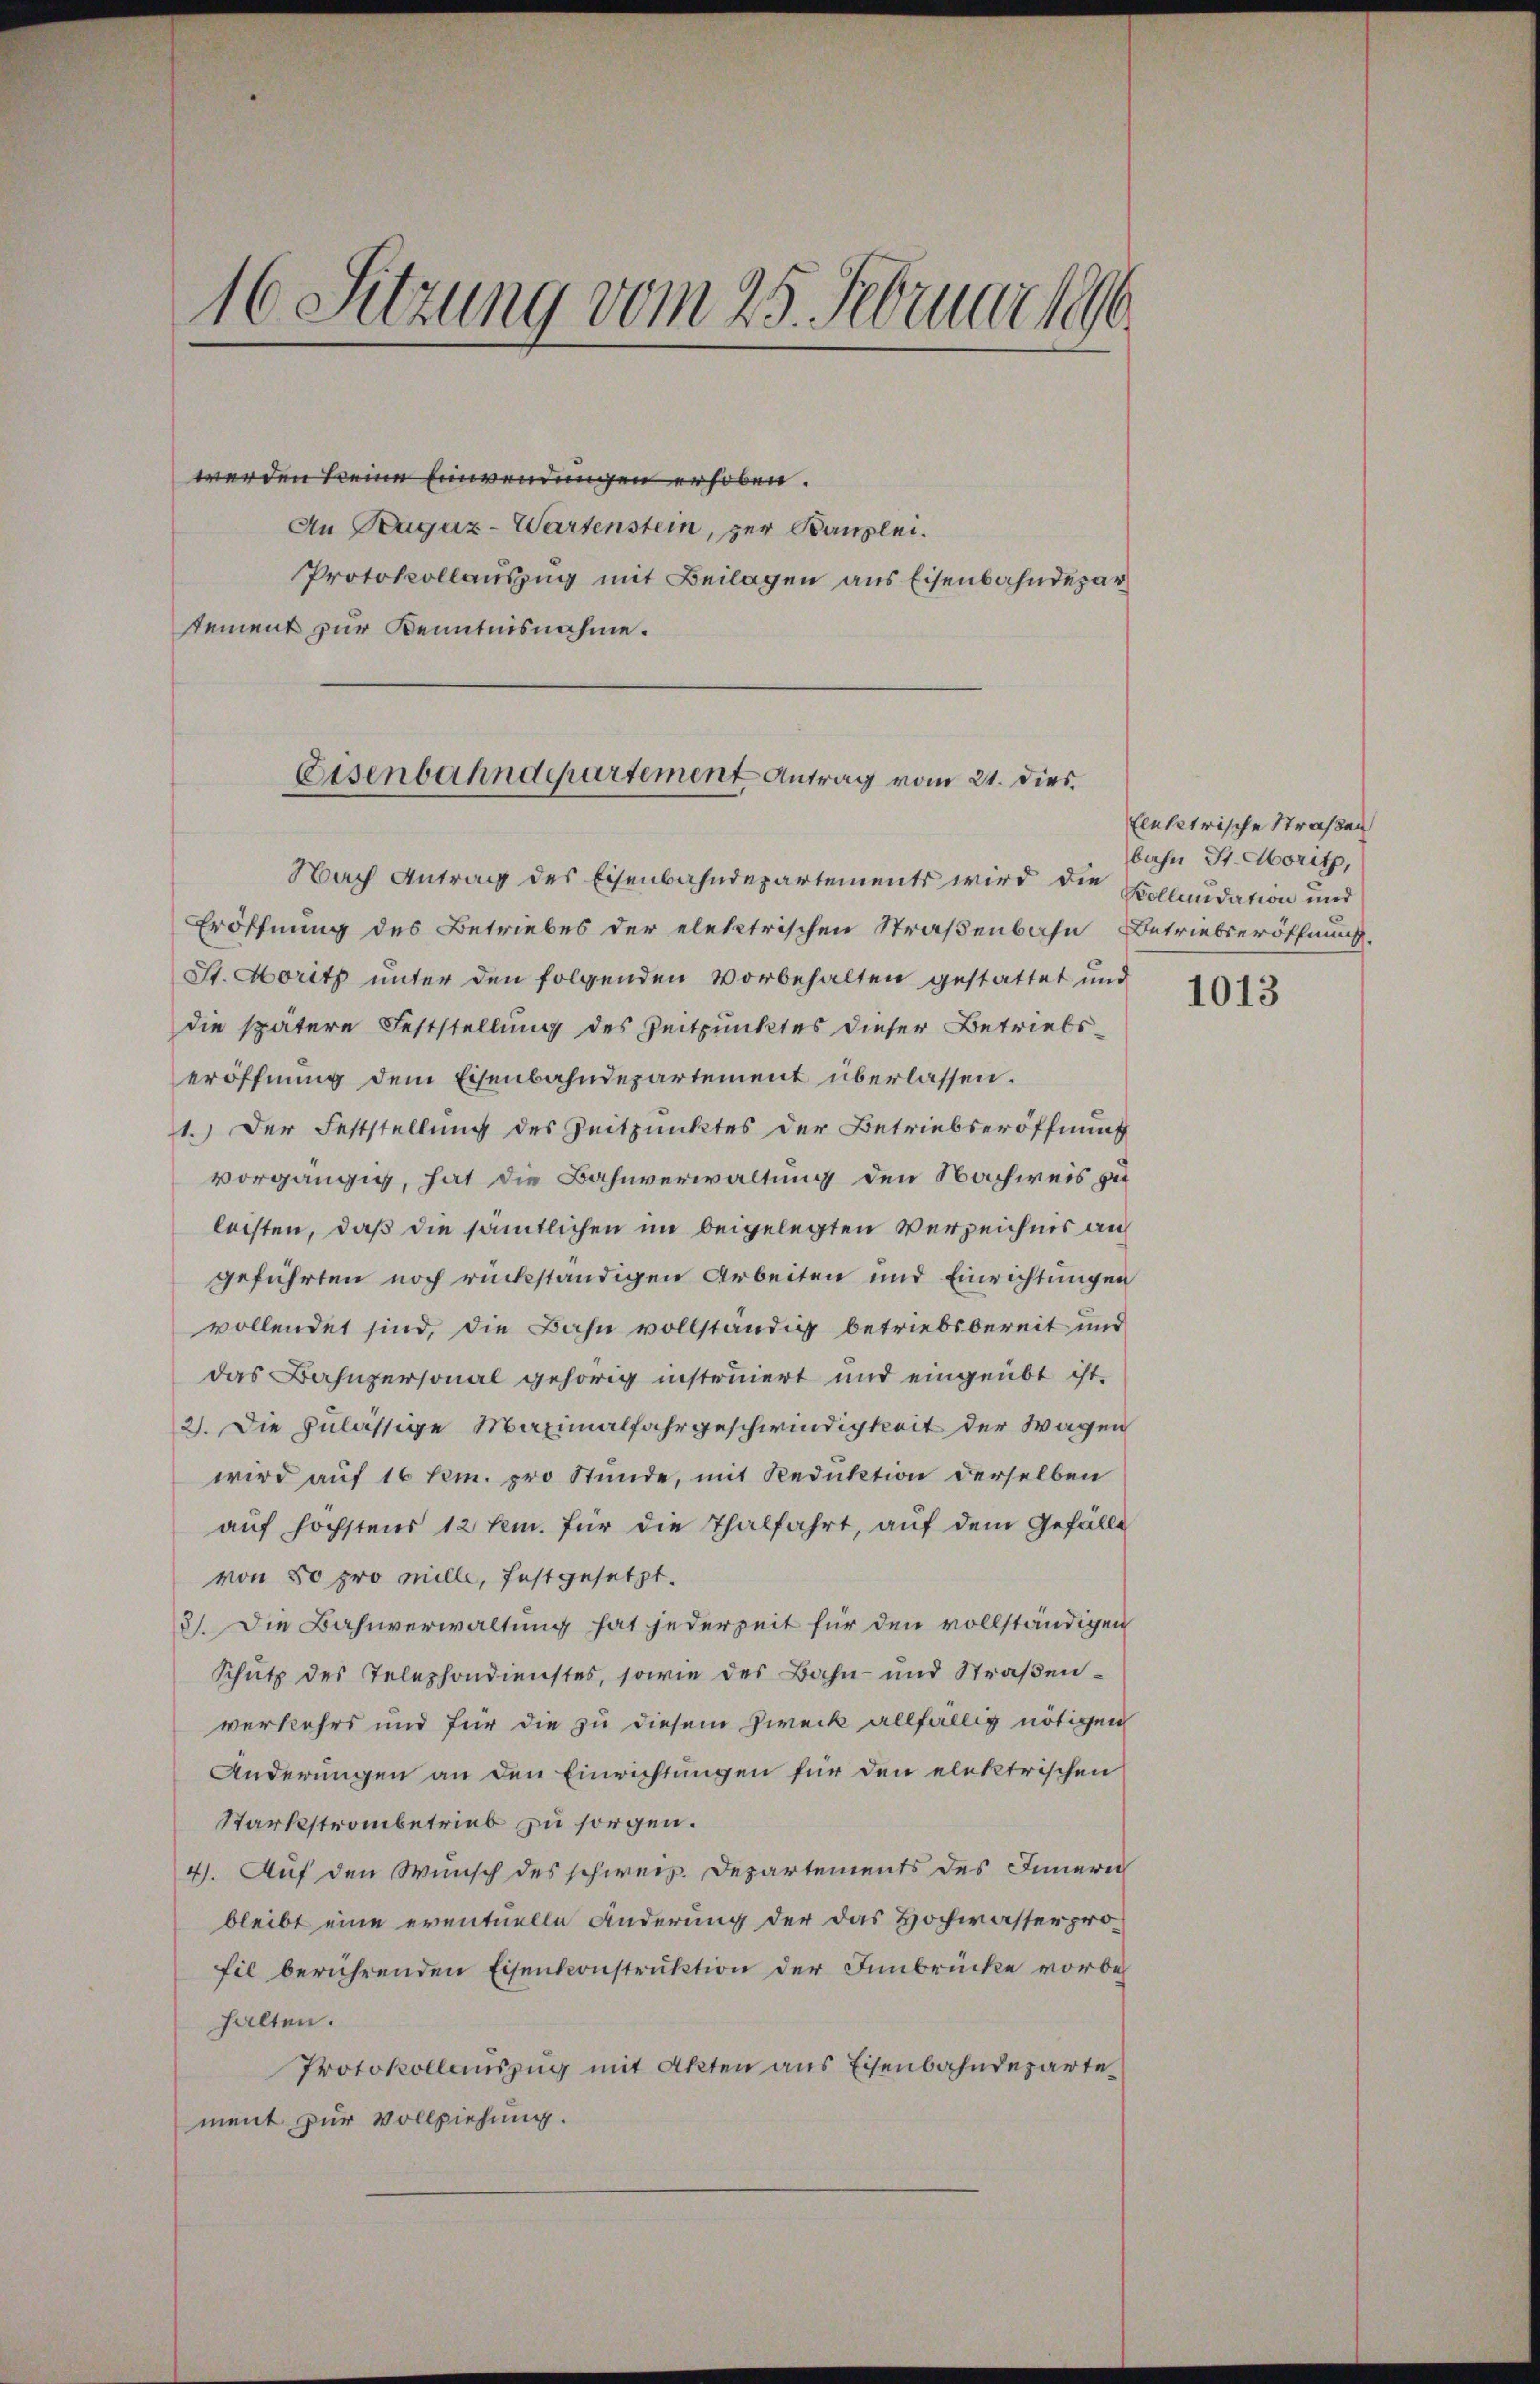
16 Sitzung vom 25. Februar 1896

werden keine Einwendungen erhoben.
An Raguz-Wartenstein, zur Kanzlei.
Protokollauszug mit Beilagen aus Eisenbahndepar
tement zur Kenntnisnahme.

Eisenbahndepartement Antrag vom 21. dies.

Nach Antrag des Eisenbahndepartements wird die Kollaudation und
Eröffnung des Betriebes der elektrischen Straßenbahn Betriebseröffnung.
St. Moritz unter den folgenden Vorbehalten gestattet und
die spätere Feststellung des Zeitpunktes dieser Betriebseröffnung dem Eisenbahndepartement überlassen.
1.) Der Feststellung des Zeitpunktes der Betriebseröffnung
vorgängig, hat die Bahnverwaltung den Nachweis zu
leisten, daß die sämtlichen im beigelegten Verzeichnis an
geführten noch rückständigen Arbeiten und Einrichtungen
vollendet sind, die Bahn vollständig betriebsbereit und
das Bahnpersonal gehörig instruiert und eingeübt ist,
2). Die zulässige Maximalfahrgeschwindigkeit der Wagen
wird auf 16 hem. pro Stunde, mit Reduktion derselben
aŭf höchstens 12 tm. für die Thalfahrt, auf dem Gefälle
von 50 pro mille, festgesetzt.
3). Die Bahnverwaltung hat jederzeit für den vollständigen
Schutz des Telephondienstes, sowie des Bahn- und Straßenverkehrs und für die zu diesem Zweck allfällig nötigen
Änderungen an den Einrichtungen für den elektrischen
Starkstrombetrieb zu sorgen.
4). Auf den Wunsch des schweiz. Departements des Innern
bleibt eine eventuelle Änderung der das Hochwasser profil berührenden Eisenkonstruktion der Innbrücke vorbe
halten.
Protokollauszug mit Akten aus Eisenbahndeparte
ment zur Vollziehung.

Elektrische Straßen
bahn St. Moritz,

1013